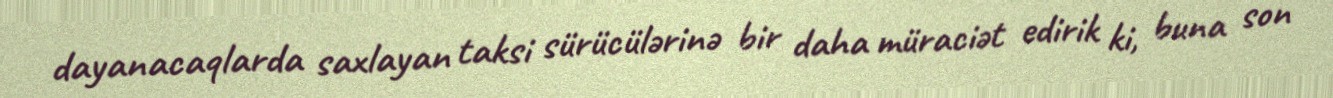
dayanacaqlarda saxlayan taksi sürücülərinə bir daha müraciət edirik ki, buna son